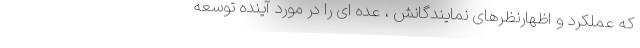
که عملکرد و اظهارنظرهای نمایندگانش ، عده ای را در مورد آینده توسعه